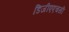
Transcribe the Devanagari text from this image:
डिजीएएचसी